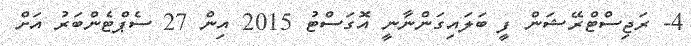
4- ރަޖިސްޓްރޭޝަން ފީ ބަލައިގަންނާނީ އޮގަސްޓު 2015 އިން 27 ސެޕްޓެންބަރު އަށް